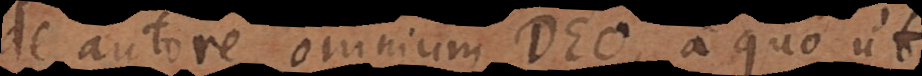
utore omnium Deo, a quo ut